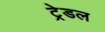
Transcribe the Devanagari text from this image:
ट्रेडल